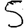
Digit: 5